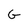
Character: G